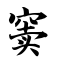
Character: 窦